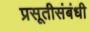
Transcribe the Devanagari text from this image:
प्रसूतीसंबंधी